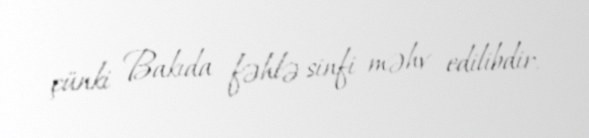
çünki Bakıda fəhlə sinfi məhv edilibdir.